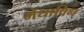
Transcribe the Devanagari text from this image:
मेधाविन्